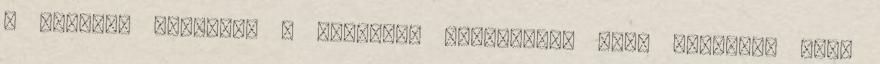
a szultán kinevezi a hadjárat fővezéréül Kara Musztafa basa